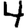
Digit: 4